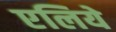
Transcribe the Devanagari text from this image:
एलिये